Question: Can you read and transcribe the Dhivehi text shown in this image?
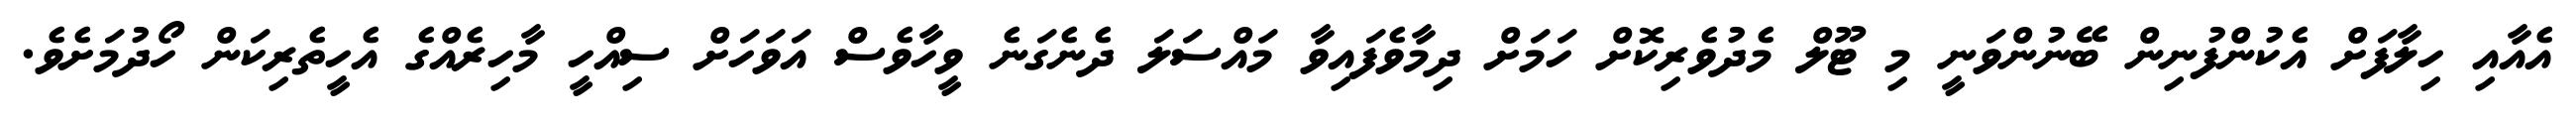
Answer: އެއާއި ހިލާފަށް އެކުންފުނިން ބޭނުންވަނީ މި ޓޫލް މެދުވެރިކޮށް ހަމަށް ދިމާވެފައިވާ މައްސަލަ ދެނެގަނެ ވީހާވެސް އަވަހަށް ސިއްހީ މާހިރެއްގެ އެހީތެރިކަން ހޯދުމަށެވެ.